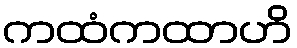
ကထံကထာဟိ